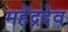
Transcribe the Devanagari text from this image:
महेंद्रदेव